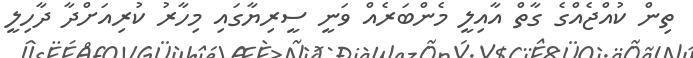
ތިން ކުއްޖެއްގެ ގާތް އާއިލީ މެންބަރެއް ވަނީ ސީރިޔާގައި މިހާރު ކުރިއަށްދާ ދާހިލީ